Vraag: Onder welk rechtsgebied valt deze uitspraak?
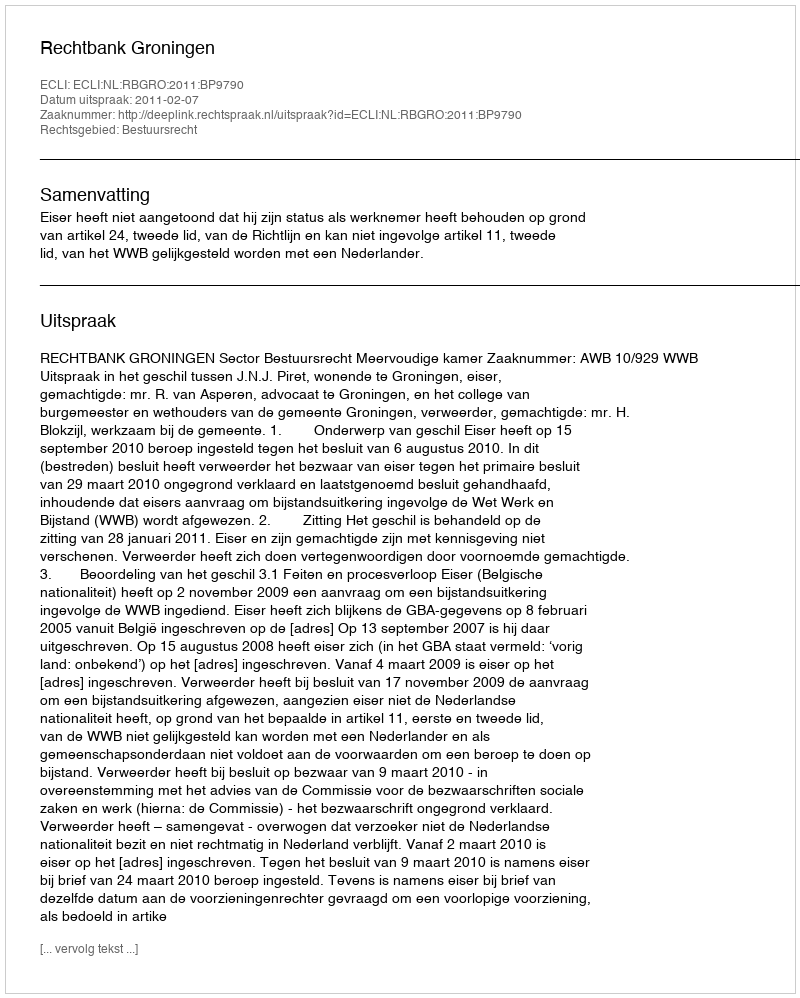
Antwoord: Bestuursrecht